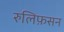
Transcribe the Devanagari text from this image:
रुलिफ़सन